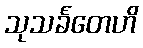
သုသင်္ခတေဟိ